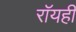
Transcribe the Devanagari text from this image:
रॉयही